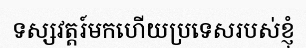
ទស្សវត្តរ៍មកហើយប្រទេសរបស់ខ្ញុំ